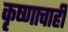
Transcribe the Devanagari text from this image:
कृष्णाचाही